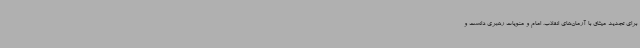
برای تجدید میثاق با آرمان‌های انقلاب، امام و منویات رهبری دانست و